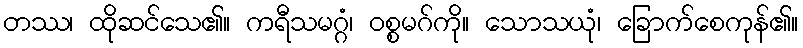
တဿ၊ ထိုဆင်သေ၏။ ကရီသမဂ္ဂံ၊ ဝစ္စမဂ်ကို။ သောသယုံ၊ ခြောက်စေကုန်၏။